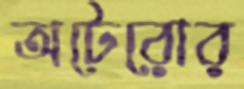
অটেরোর